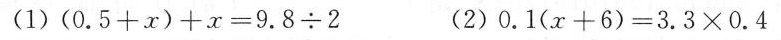
(1)$$( 0 . 5 + x ) + x = 9 . 8 \div 2$$ (2)$$0 . 1 ( x + 6 ) = 3 . 3 \times 0 . 4$$